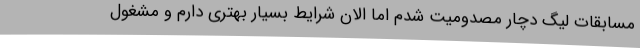
مسابقات لیگ دچار مصدومیت شدم اما الان شرایط بسیار بهتری دارم و مشغول